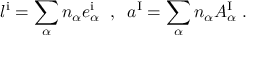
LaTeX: l ^ { \mathrm { i } } = \sum _ { \alpha } n _ { \alpha } { e _ { \alpha } ^ { \mathrm { i } } } \; \; , \; \; a ^ { \mathrm { I } } = \sum _ { \alpha } n _ { \alpha } A _ { \alpha } ^ { \mathrm { I } } \; .